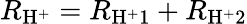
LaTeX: R_{\mathrm{H}^{+}}=R_{\mathrm{H}^{+}1}+R_{\mathrm{H}^{+}2}